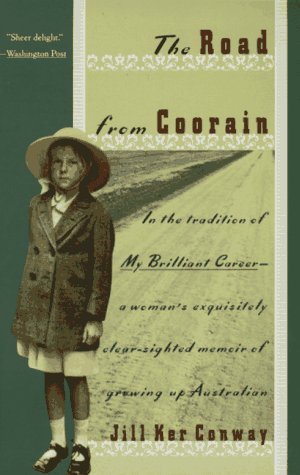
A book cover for The Road from Coorain; Jill Ker Conway; Biographies & Memoirs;